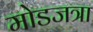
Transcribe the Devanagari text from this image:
मोडजत्रा